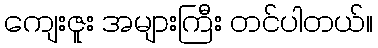
ကျေးဇူး အများကြီး တင်ပါတယ်။